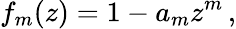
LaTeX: f_{m}(z)=1-a_{m}z^{m}\, ,